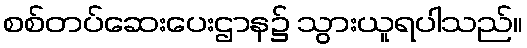
စစ်တပ်ဆေးပေးဌာန၌ သွားယူရပါသည်။